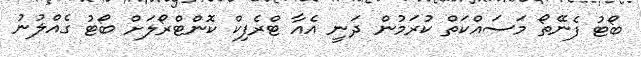
ބޯޓު ފެނޭތޯ މަސައްކަތް ކުރަމުން ދަނީ އެއާ ޓްރެފިކް ކޮންޓްރޯލަށް ބޯޓު ގެއްލުނު